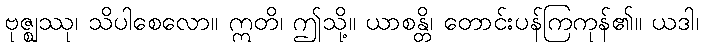
ဗုဇ္ဈဿု၊ သိပါစေလော။ ဣတိ၊ ဤသို့။ ယာစန္တိ၊ တောင်းပန်ကြကုန်၏။ ယဒါ၊